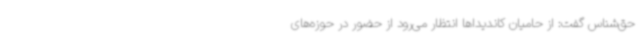
حق‌شناس گفت: از حامیان کاندیداها انتظار می‌رود از حضور در حوزه‌های